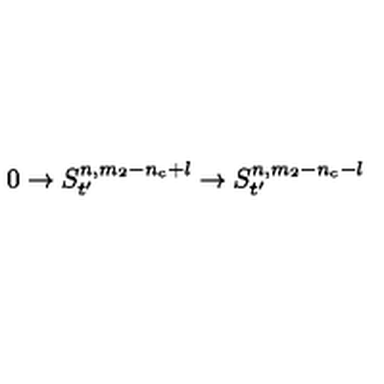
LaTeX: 0 \rightarrow S _ { t ^ { \prime } } ^ { n , m _ { 2 } - n _ { c } + l } \rightarrow S _ { t ^ { \prime } } ^ { n , m _ { 2 } - n _ { c } - l }